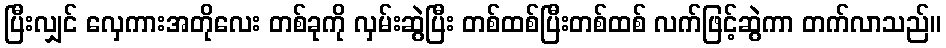
ပြီးလျှင် လှေကားအတိုလေး တစ်ခုကို လှမ်းဆွဲပြီး တစ်ထစ်ပြီးတစ်ထစ် လက်ဖြင့်ဆွဲကာ တက်လာသည်။